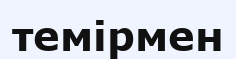
темірмен